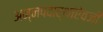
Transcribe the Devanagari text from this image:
अन्नपदार्थांऐवजी